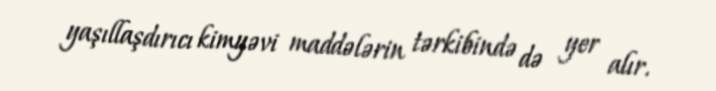
yaşıllaşdırıcı kimyəvi maddələrin tərkibində də yer alır.